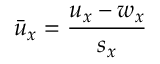
\bar { u } _ { x } = \frac { u _ { x } - w _ { x } } { s _ { x } }